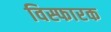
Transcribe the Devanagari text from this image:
विस्फारक